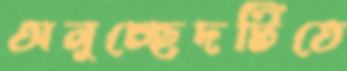
অনুচ্ছেদটিতে